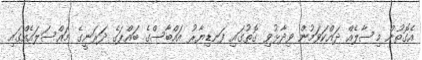
އެގޮތުން މިސާލެއް ދައްކަވަމުން ވިދާޅުވި ގޮތުގައި ފަނޑިޔާރު އައްބާސްގެ ބައްޕަގެ ދަރަނީގެ މައްސަލައެއްގައި